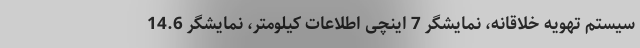
سیستم تهویه خلاقانه، نمایشگر 7 اینچی اطلاعات کیلومتر، نمایشگر 14.6